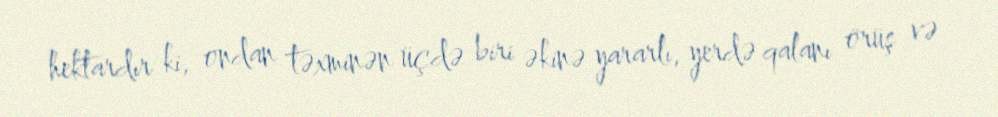
hektardır ki, ondan təxminən üçdə biri əkinə yararlı, yerdə qalanı örüş və